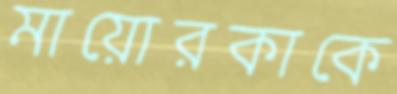
মায়োরকাকে